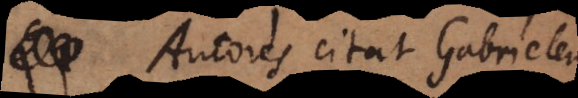
res citat Gabrielem,